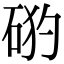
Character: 𥒙